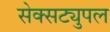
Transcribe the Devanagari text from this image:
सेक्सट्युपल